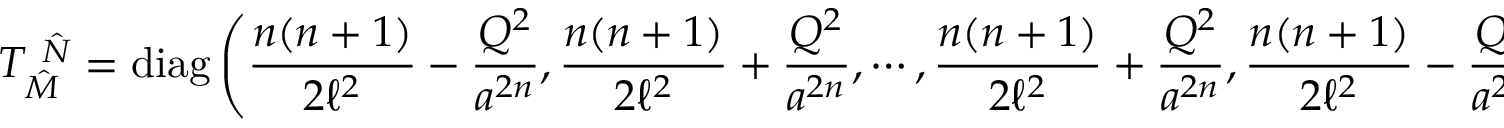
T _ { \hat { M } } ^ { ~ \hat { N } } = \mathrm { d i a g } \left( \frac { n ( n + 1 ) } { 2 \ell ^ { 2 } } - \frac { { \cal Q } ^ { 2 } } { a ^ { 2 n } } , \frac { n ( n + 1 ) } { 2 \ell ^ { 2 } } + \frac { { \cal Q } ^ { 2 } } { a ^ { 2 n } } , \cdots , \frac { n ( n + 1 ) } { 2 \ell ^ { 2 } } + \frac { { \cal Q } ^ { 2 } } { a ^ { 2 n } } , \frac { n ( n + 1 ) } { 2 \ell ^ { 2 } } - \frac { { \cal Q } ^ { 2 } } { a ^ { 2 n } } \right) .